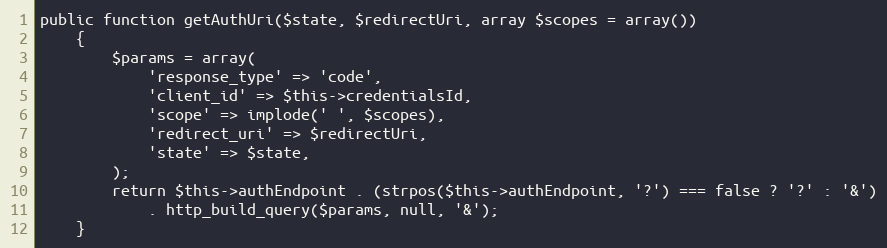
Language: PHP
public function getAuthUri($state, $redirectUri, array $scopes = array())
    {
        $params = array(
            'response_type' => 'code',
            'client_id' => $this->credentialsId,
            'scope' => implode(' ', $scopes),
            'redirect_uri' => $redirectUri,
            'state' => $state,
        );
        return $this->authEndpoint . (strpos($this->authEndpoint, '?') === false ? '?' : '&')
            . http_build_query($params, null, '&');
    }